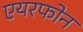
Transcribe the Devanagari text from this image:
एयरफोन